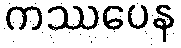
ကဿပေန